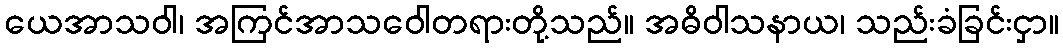
ယေအာသဝါ၊ အကြင်အာသဝေါတရားတို့သည်။ အဓိဝါသနာယ၊ သည်းခံခြင်းငှာ။